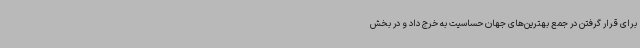
برای قرار گرفتن در جمع بهترین‌های جهان حساسیت به خرج داد و در بخش